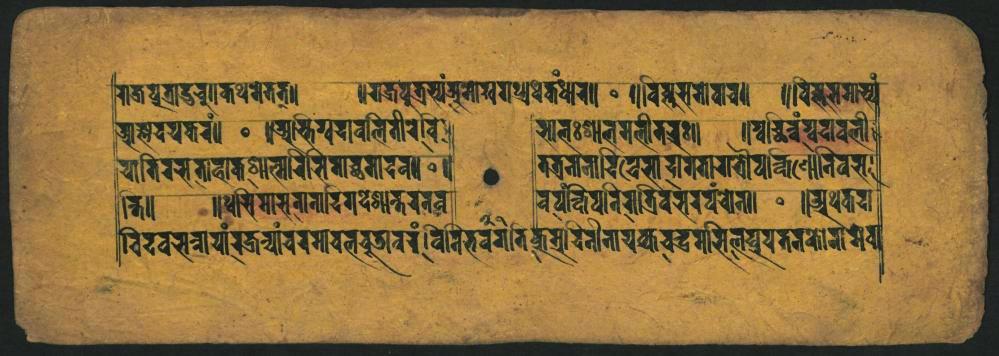
𑐬𑐵𑐟𑑂𑐬𑐥𑐸𑐟𑑂𑐬𑐵𑐡𑑂𑐢𑐸𑐔𑑌𑐎𑐠𑐣𑐾𑐟𑐟𑑂𑑌 𑑂𑐵𑐳𑑂𑐩𑐔𑐫𑐎𑐬𑑄𑑌 𑐫𑐵𑐟𑐶𑐬𑐳𑐟𑐵𑐰𑐵𑐎𑐲𑑂𑐵𑐟𑑂𑐰𑐵𑐬𑐳𑐶𑐐𑐔𑑂𑐕𑐟𑐵𑐡𑐰𑑋𑐂 𑐣𑐟𑐶𑑌 𑐰𑐶𑐡𑐰𑐳𑐣𑐵𑐫𑐵𑑄𑐨𑐖𑐣𑑂𑐫𑐵𑐰𑐬𑐩𑐵𑐰𑐧𑐮𑐧𑐹𑐖𑑂𑐬𑐵𑐰𑐬𑑄𑐰𑐶𑐣𑐶𑐨𑐰𑑄𑐐𑐟𑐶𑐖𑑂𑐖𑐸𑑂𑐬𑐵𑐬𑐣𑐷𑐣𑐵𑐫𑐎𑑂𑐎𑐔𑐡𑑂𑐢𑐬𑐩𑐳𑐶𑐮𑐥𑑂𑐬𑐫𑐟𑐣𑐎𑑀𑐬𑐵𑐩𑐾𑐰𑑂𑐫